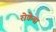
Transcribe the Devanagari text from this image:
रोकेया